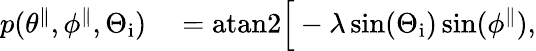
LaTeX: \begin{array}{rl}{p(\theta^{\parallel},\phi^{\parallel},\Theta_{\mathrm{i}})}&{{}=\mathrm{atan2}\Big[-\lambda\sin(\Theta_{\mathrm{i}})\sin(\phi^{\parallel}),}\end{array}